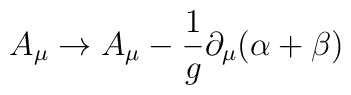
A_{\mu} \to A_{\mu} - \frac{1}{g} \partial_{\mu}(\alpha + \beta)